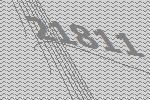
21811